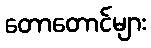
တောတောင်များ